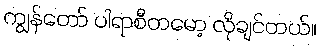
ကျွန်တော် ပါရာစီတမော့ လိုချင်တယ်။